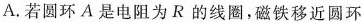
4.若圆环A是电阻为R的线圈,磁铁移近圆环